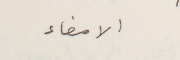
الامضاء